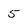
Character: 5